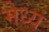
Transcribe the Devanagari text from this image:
मेध्यं